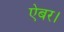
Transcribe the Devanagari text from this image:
ऐबर।